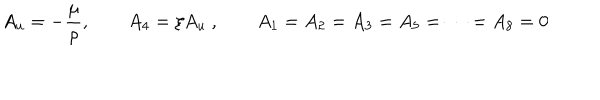
LaTeX: A _ { u } = - { \frac { \mu } { \rho } } , \qquad A _ { 4 } = \xi A _ { u } \ , \qquad A _ { 1 } = A _ { 2 } = A _ { 3 } = A _ { 5 } = \dots = A _ { 8 } = 0